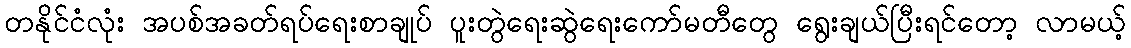
တနိုင်ငံလုံး အပစ်အခတ်ရပ်ရေးစာချုပ် ပူးတွဲရေးဆွဲရေးကော်မတီတွေ ရွေးချယ်ပြီးရင်တော့ လာမယ့်